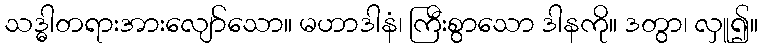
သဒ္ဓါတရားအားလျော်သော။ မဟာဒါနံ၊ ကြီးစွာသော ဒါနကို။ ဒတွာ၊ လှူ၍။